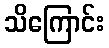
သိကြောင်း